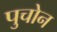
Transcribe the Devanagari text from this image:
पुचोन